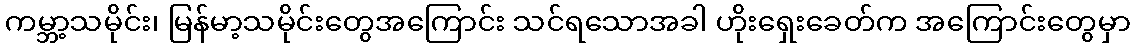
ကမ္ဘာ့သမိုင်း၊ မြန်မာ့သမိုင်းတွေအကြောင်း သင်ရသောအခါ ဟိုးရှေးခေတ်က အကြောင်းတွေမှာ